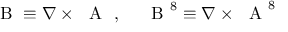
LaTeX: \mathrm { \boldmath ~ { \cal ~ B } ~ } \equiv \nabla \times \mathrm { \boldmath ~ { \cal ~ A } ~ } \ , ~ ~ ~ \mathrm { \boldmath ~ { \cal ~ B } ~ } ^ { 8 } \equiv \nabla \times \mathrm { \boldmath ~ { \cal ~ A } ~ } ^ { 8 }